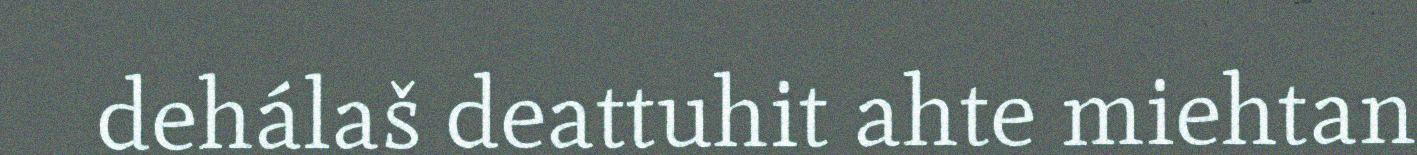
dehálaš deattuhit ahte miehtan